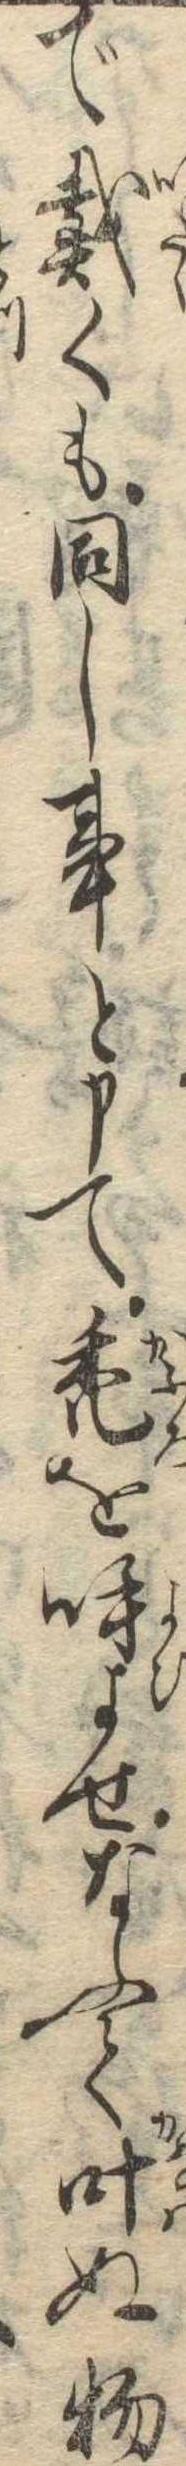
で戴くも同し事と申て禿を呼よせなふて叶ぬ物